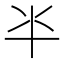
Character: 𠦂